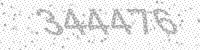
Solution: 344476